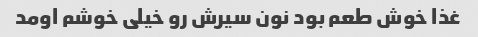
غذا خوش طعم بود نون سیرش رو خیلی خوشم اومد